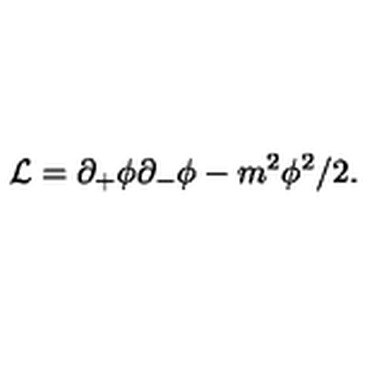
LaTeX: { \cal L } = \partial _ { + } \phi \partial _ { - } \phi - m ^ { 2 } \phi ^ { 2 } / 2 .